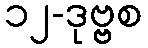
၁၂-ဒုဗ္ဗစ